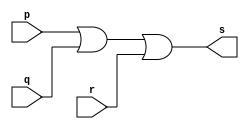
// -------------------------
// Exemplo0014
// Nome: Gustavo Barbosa
module or3 (output s,input p,input q,input r);

 or or1(w1,p,q);
 or or2(s,w1,r);

endmodule

module testeor;

 reg a,b,c;
 wire s;

 or3 or1 (s,a,b,c);
 
 initial begin: start
   a=0; b=0; c=0;
  end

 initial
  begin
  $display("Teste OR3");
   $display("\np || q || r = s\n");
   $monitor("  %b   %b %b %b",s,a,b,c);

   #1 a=0;b=0;c=1;
   #1 a=0;b=1; c=0;
   #1 a=0;b=1;c=1;
   #1 a=1; b=0; c=0;
   #1 a=1;b=0;c=1;
   #1 a=1;b=1; c=0;
   #1 a=1;b=1;c=1;
  end
endmodule